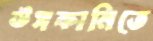
উসকানিতে